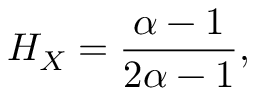
H _ { X } = { \frac { \alpha - 1 } { 2 \alpha - 1 } } ,